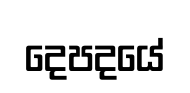
දෙපදයේ